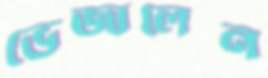
ভেজালেন